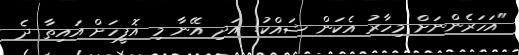
"އަހަރެންނަށް މިހާރު އެކަން ޝައްކު! އަދި އޭނާ މި އޮފީހަށް އައިތާ ދެ